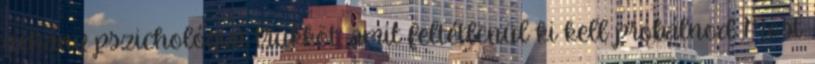
néhány pszichológiai trükköt, amit feltétlenül ki kell próbálnod Most